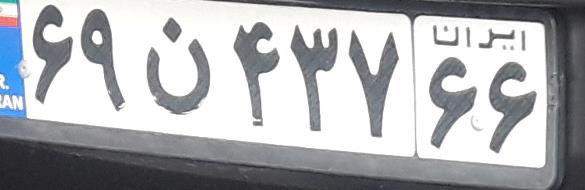
۶۹ن۴۳۷۶۶